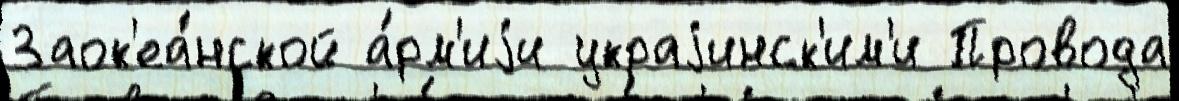
Заок'еа́нской а́рм'иjи украjинск'им'и Провода